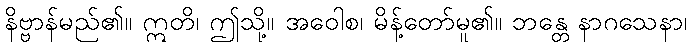
နိဗ္ဗာန်မည်၏။ ဣတိ၊ ဤသို့။ အဝေါစ၊ မိန့်တော်မူ၏။ ဘန္တေ နာဂသေနာ၊